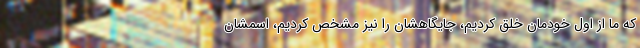
که ما از اول خودمان خلق کردیم، جایگاهشان را نیز مشخص کردیم، اسمشان